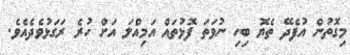
މިގޮތުން އުފެދޭ ތެޔޮ ބިހި ނުވަތަ ފޮޅުތައް އަމިއްލަ އަށް ހުރެ ރަގަޅުވެދެއެވެ.